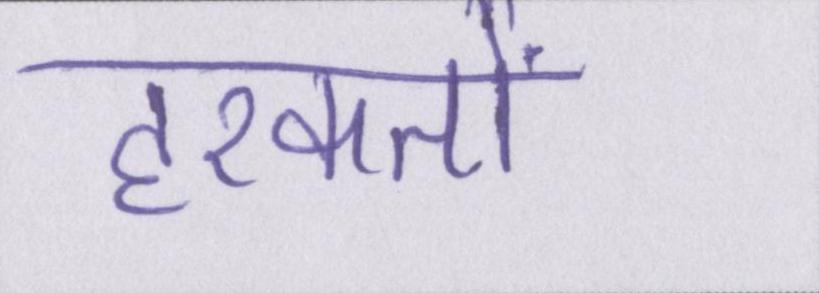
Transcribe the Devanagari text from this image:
हरकतों